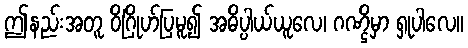
ဤနည်းအတူ ဝိဂြိုဟ်ပြမူ၍ အဓိပ္ပါယ်ယူလေ၊ ဂဏ္ဌိမှာ ရှုပါလေ။